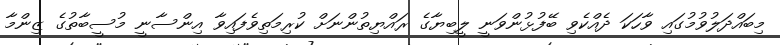
މިބައްދަލުވުމުގައި ވާހަކަ ދެއްކެވި ބޭފުޅުންވަނީ ލީބިޔާގެ ރައްޔިތުންނަށް ކުރިމަތިވެފައިވާ އިންސާނީ މުސީބާތުގެ ޒިންމާ